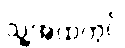
သူ့အထဲတွင်